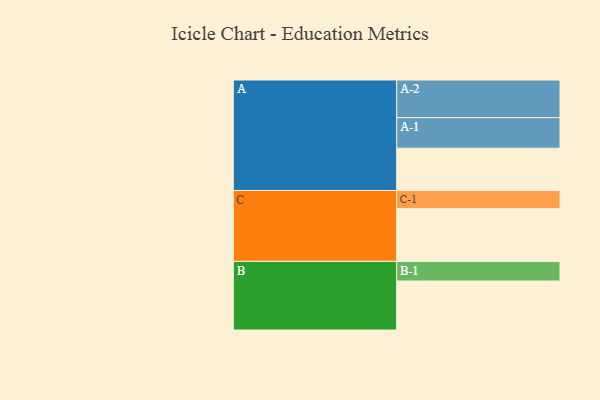
{"axis": {"x": "Segment", "y": "Value"}, "legend": ["", "A", "B", "C"], "data": [{"x": "A", "y": 315, "type": ""}, {"x": "B", "y": 365, "type": ""}, {"x": "C", "y": 392, "type": ""}, {"x": "A-1", "y": 228, "type": "A"}, {"x": "A-2", "y": 280, "type": "A"}, {"x": "B-1", "y": 146, "type": "B"}, {"x": "C-1", "y": 136, "type": "C"}]}